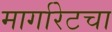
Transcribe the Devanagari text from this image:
मार्गारेटचा